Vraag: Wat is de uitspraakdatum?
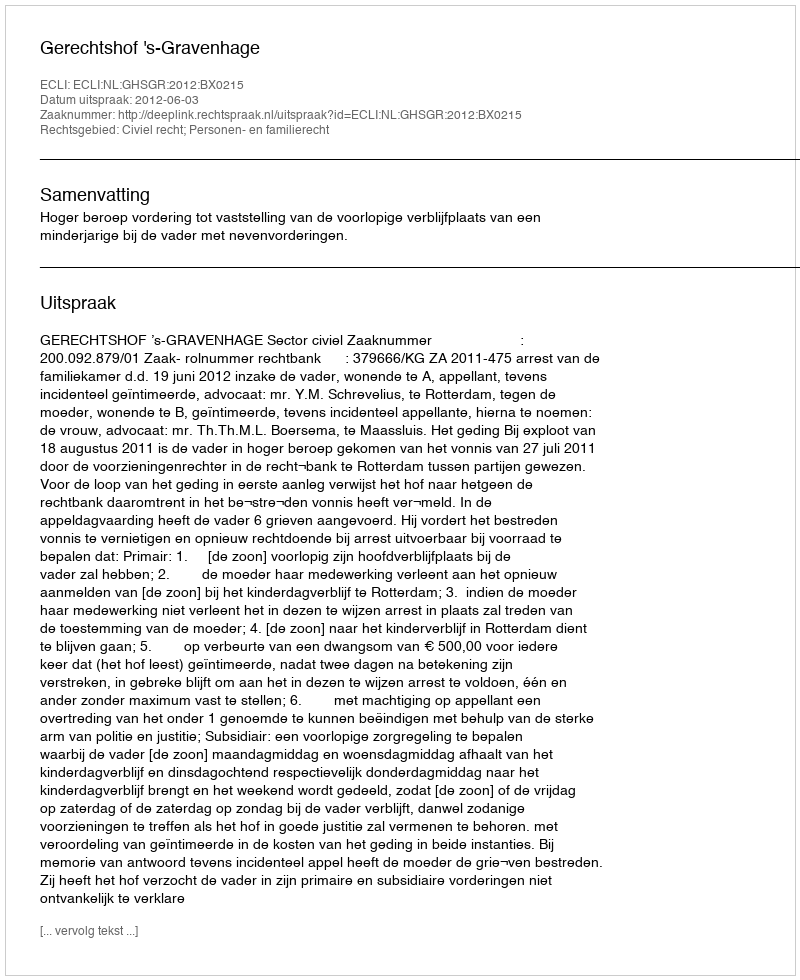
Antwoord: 2012-06-03